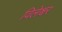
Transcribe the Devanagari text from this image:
विलेश्वर